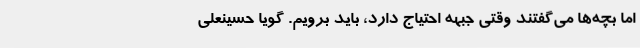
اما بچه‌ها می‌گفتند وقتی جبهه احتیاج دارد، باید برویم. گویا حسینعلی